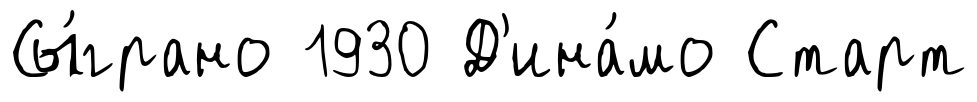
Сы́грано 1930 Д'ина́мо Старт